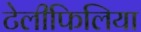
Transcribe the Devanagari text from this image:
टेलीफिलिया